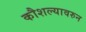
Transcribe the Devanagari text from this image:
कौशल्यावरुन